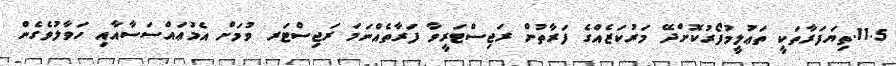
11.5.ތިޔަފަރާތަކީ ތަޢުލީމުފޯރުކޮށްދޭ މަރުކަޒެއްގެ ފަރާތުން ރަޖިސްޓަރީވާ ފަރާތެއްނަމަ ރަޖިސްޓަރ ވުމަށް އެމުޢައްސަސާއާއި ހަވާލުވެގެން